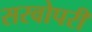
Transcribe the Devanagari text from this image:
सरवोपरी